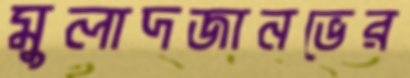
মুলাদজানভের